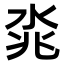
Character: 𣴝